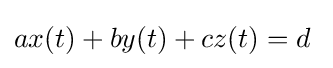
ax(t)+by(t)+cz(t)=d\